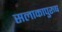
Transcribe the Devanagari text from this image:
सलाकापुरुष